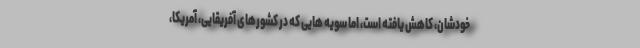
خودشان، کاهش یافته است، اما سویه هایی که در کشورهای آفریقایی، آمریکا،